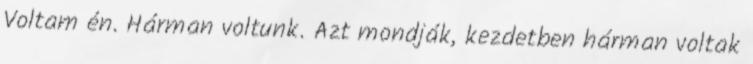
Voltam én. Hárman voltunk. Azt mondják, kezdetben hárman voltak